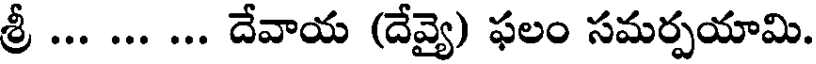
శ్రీ ... ... ... దేవాయ (దేవ్యై) ఫలం సమర్పయామి.